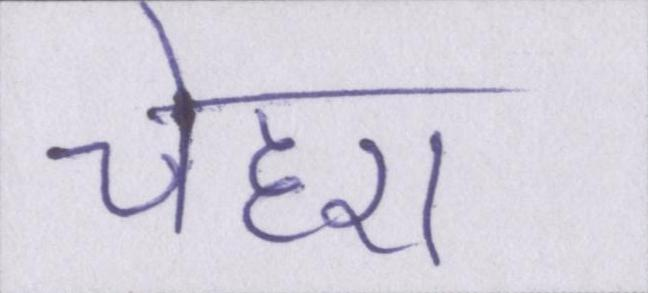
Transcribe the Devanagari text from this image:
चेहरा